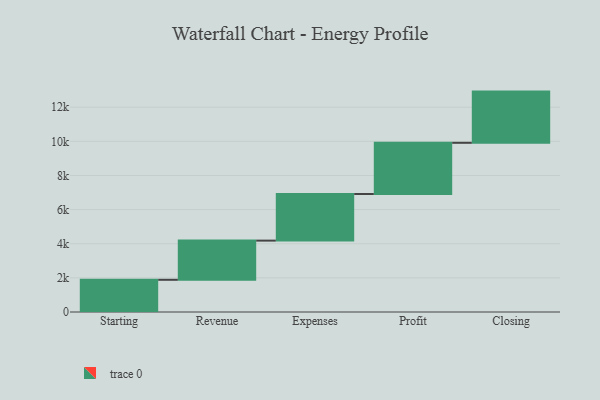
{"axis": {"x": "Step", "y": "Value"}, "legend": [""], "data": [{"x": "Starting", "y": 1887.0, "type": ""}, {"x": "Revenue", "y": 2296.0, "type": ""}, {"x": "Expenses", "y": 2732.0, "type": ""}, {"x": "Profit", "y": 3000, "type": ""}, {"x": "Closing", "y": 3000, "type": ""}]}